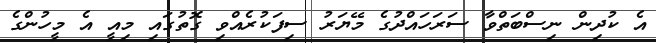
އެ ކުދިން ނިސްބަތްވާ ސަރަަހައްދުގެ މޭޔަރު ސިފަކުރެއްވި ގޮތުގައި މިއީ އެ މީހުންގެ